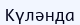
Күләнда